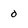
Character: 0